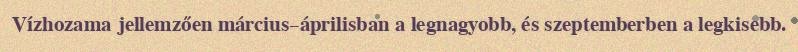
Vízhozama jellemzően március–áprilisban a legnagyobb, és szeptemberben a legkisebb.